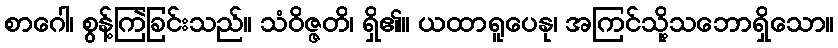
စာဂေါ၊ စွန့်ကြဲခြင်းသည်။ သံဝိဇ္ဇတိ၊ ရှိ၏။ ယထာရူပေနု၊ အကြင်သို့သဘောရှိသော။